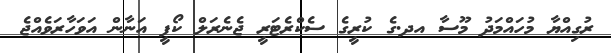
ރުގިއްޔާ މުހައްމަދު މޫސާ އދ.ގެ ކުރީގެ ސެކްރެޓަރީ ޖެނެރަލް ކޯފީ އަނާން އަވަހާރަވެއްޖެ